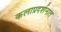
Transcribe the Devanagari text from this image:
कलाप्रदर्शनात